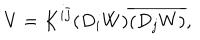
LaTeX: V = K ^ { i \bar { j } } ( D _ { i } W ) \overline { { { ( D _ { j } W ) } } } ,